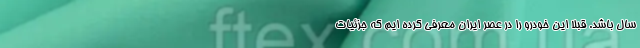
سال باشد. قبلا این خودرو را در عصر ایران معرفی کرده ایم که جزئیات